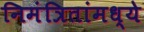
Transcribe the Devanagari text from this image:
निमंत्रितांमध्ये